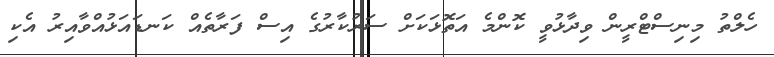
ހެލްތު މިނިސްޓްރީން ވިދާޅުވީ ކޮންމެ އަތޮޅަކަށް ސަރުކާރުގެ އިސް ފަރާތެއް ކަނޑައަޅުއްވާއިރު އެކި